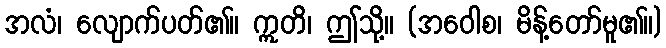
အလံ၊ လျောက်ပတ်၏။ ဣတိ၊ ဤသို့။ (အဝေါစ၊ မိန့်တော်မူ၏။)